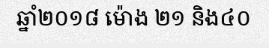
ឆ្នាំ២០១៨ ម៉ោង ២១ និង៤០